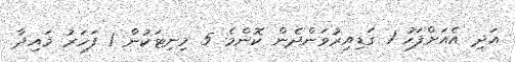
އަދި އެއަށްފަހު 1 ގަޑިއިރުވަންދެން ކޮންމެ 5 މިނިޓަކުން 1 ފަހަރު މައިދާ